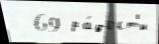
  69 ра́дост'и